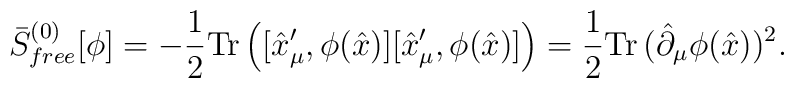
\bar{S}^{(0)}_{free}[\phi]=-{1\over2}\mathrm{Tr}\left([\hat{x}_\mu^\prime, \phi(\hat{x})][\hat{x}^\prime_\mu,\phi(\hat{x})]\right) ={1\over2}\mathrm{Tr}\,(\hat{\partial}_\mu\phi(\hat{x}))^2.